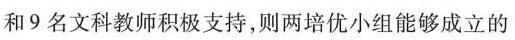
和9名文科教师积极支持，则两培优小组能够成立的